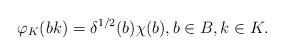
LaTeX: \begin{align*}\varphi_{K} (bk) = \delta^{1/2} (b)\chi (b), b\in B, k\in K.\end{align*}